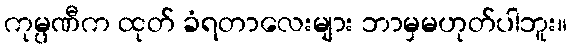
ကုမ္ပဏီက ထုတ် ခံရတာလေးများ ဘာမှမဟုတ်ပါဘူး။